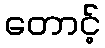
တောင့်